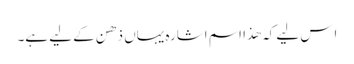
اِس لیے کہ ھذا اسم اشارہ یہاں ذھن کے لیے ہے۔